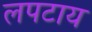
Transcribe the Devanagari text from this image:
लपटाय